Annual report of the Punjab Veterinary College and of the Civil Veterinary Department, Punjab - 1920-1925
Year: 1920
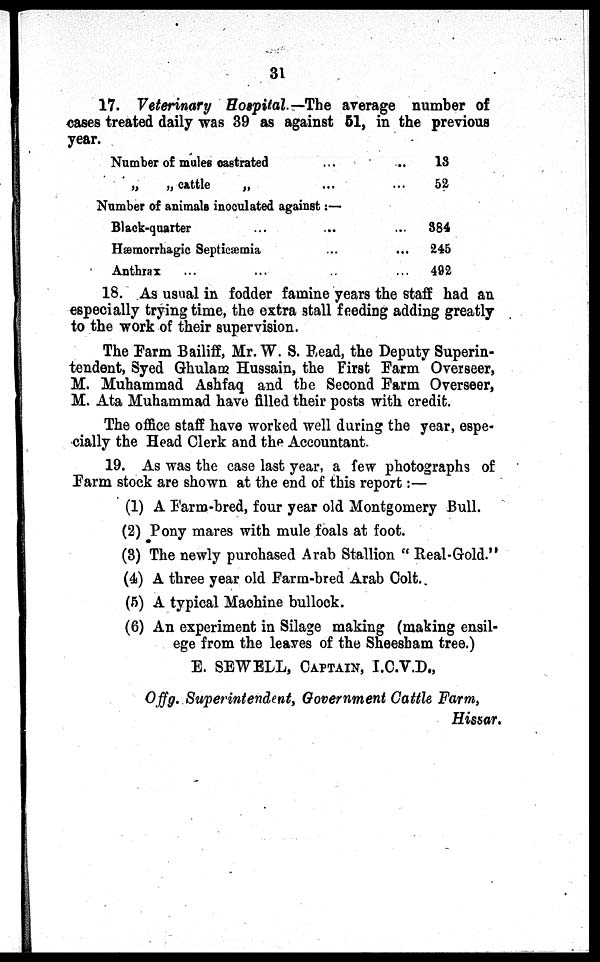
31
17. Veterinary Hospital.—The average number of
cases treated daily was 39 as against 51, in the previous
year.
Number of mules castrated ...
„
„ cattle
„ ...
...
...
13
52
Number of animals inoculated against:—
Black-quarter ... ...
Hæmorrhagic Septicæmia ...
Anthrax ...
...
...
...
384
245
492
18. As usual in fodder famine years the staff had an
especially trying time, the extra stall feeding adding greatly
to the work of their supervision.
The Farm Bailiff, Mr. W. S. Read, the Deputy Superin-
tendent, Syed Ghulam Hussain, the First Farm Overseer,
M. Muhammad Ashfaq and the Second Farm Overseer,
M. Ata Muhammad have filled their posts with credit.
The office staff have worked well during the year, espe-
cially the Head Clerk and the Accountant.
19. As was the case last year, a few photographs of
Farm stock are shown at the end of this report:—
(1) A Farm-bred, four year old Montgomery Bull.
(2) Pony mares with mule foals at foot.
(3) The newly purchased Arab Stallion "Real-Gold."
(4) A three year old Farm-bred Arab Colt.
(5) A typical Machine bullock.
(6) An experiment in Silage making (making ensil-
ege from the leaves of the Sheesham tree.)
E. SEWELL, CAPTAIN, I.C.V.D.,
Offg. Superintendent, Government Cattle Farm,
Hissar.